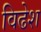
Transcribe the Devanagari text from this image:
विढेश